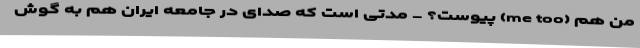
من هم (me too) پیوست؟ - مدتی است که صدای در جامعه ایران هم به گوش